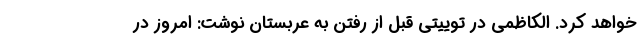
خواهد کرد. الکاظمی در توییتی قبل از رفتن به عربستان نوشت: امروز در